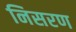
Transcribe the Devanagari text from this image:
निसरण